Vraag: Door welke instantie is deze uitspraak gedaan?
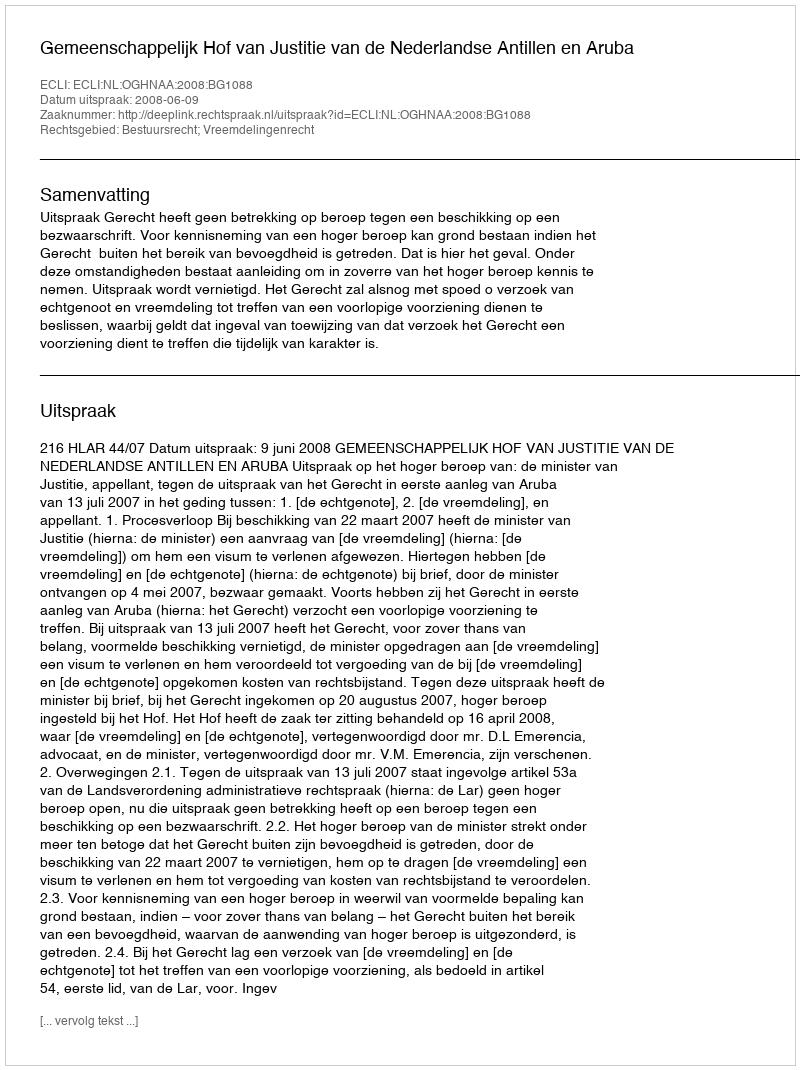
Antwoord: Gemeenschappelijk Hof van Justitie van de Nederlandse Antillen en Aruba